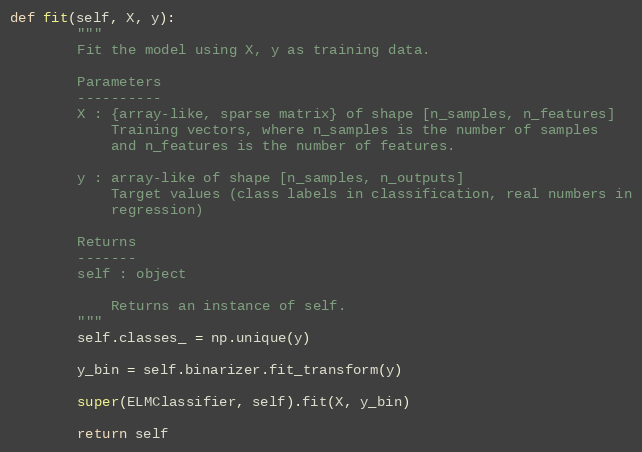
Language: Python
def fit(self, X, y):
        """
        Fit the model using X, y as training data.

        Parameters
        ----------
        X : {array-like, sparse matrix} of shape [n_samples, n_features]
            Training vectors, where n_samples is the number of samples
            and n_features is the number of features.

        y : array-like of shape [n_samples, n_outputs]
            Target values (class labels in classification, real numbers in
            regression)

        Returns
        -------
        self : object

            Returns an instance of self.
        """
        self.classes_ = np.unique(y)

        y_bin = self.binarizer.fit_transform(y)

        super(ELMClassifier, self).fit(X, y_bin)

        return self